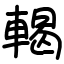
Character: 輵